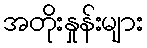
အတိုးနှုန်းများ